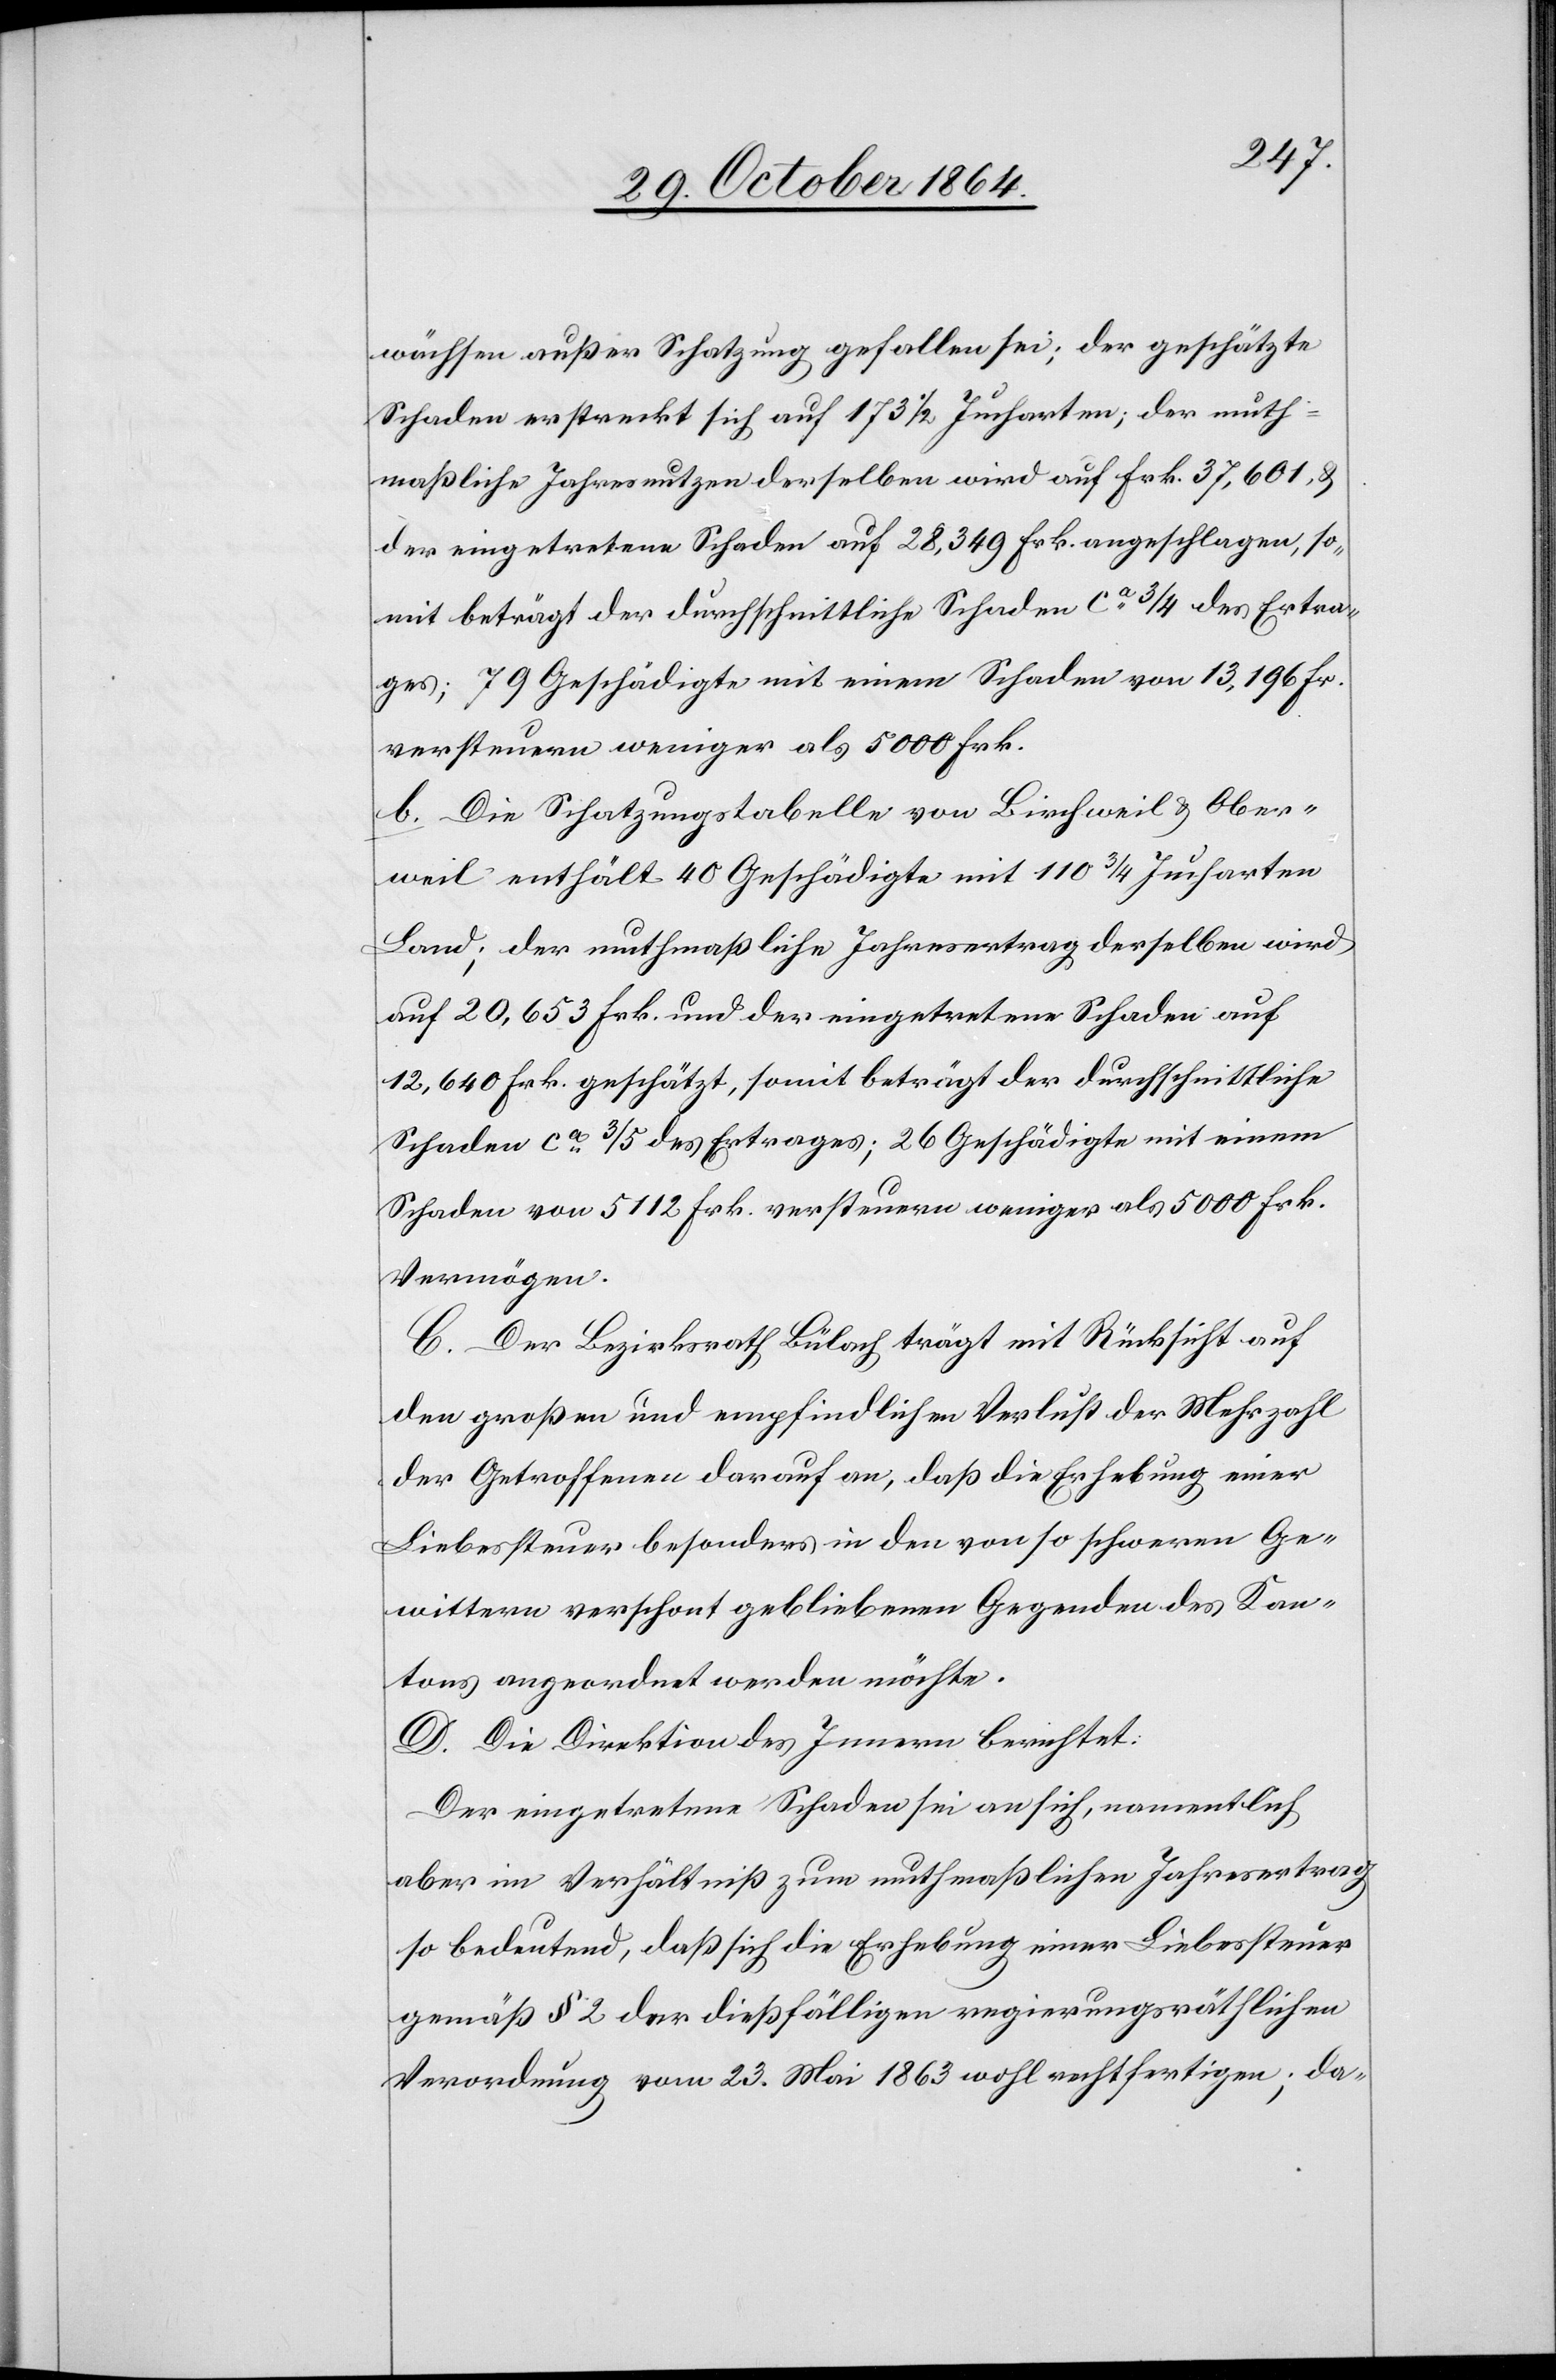
räthen außer Schatzung gefallen sei; der geschätzte
Schaden erstreckt sich auf 173 1/2 Jucharten; der muth¬
maßliche Jahresnutzen derselben wird auf Frk. 37,601 &
der eingetragene Schaden auf 28,349 Frk. angeschlagen, so¬
mit beträgt der durchschnittliche Schaden ca 3/4 des Ertra¬
ges; 79 Geschädigte mit einem Schaden von 13,196 Fr.
versteuern weniger als 5000 Frk.
b. Die Schatzungstabelle von Birchweil & Ober¬
weil enthält 40 Geschädigte mit 110 3/4 Jucharten
Land; der muthmaßliche Jahresertrag derselben wird
auf 20,653 Frk. und der eingetretene Schaden auf
12,640 Frk. geschätzt, somit beträgt der durchschnittliche
Schaden ca 3/5 des Ertrages; 26 Geschädigte mit einem
Schaden von 5112 Frk. versteuern weniger als 5000 Frk.
Vermögen.
C. Der Bezirksrath Bülach trägt mit Rücksicht auf
den großen und empfindlichen Verlust der Mehrzahl
der Getroffenen darauf an, daß die Erhebung einer
Liebessteuer besonders in den von so schweren Ge¬
wittern verschont gebliebenen Gegenden des Kan¬
tons angeordnet werden möchte.
D. Die Direktion des Innern berichtet:
Der eingetretene Schaden sei an sich, namentlich
aber in Verhältniß zum muthmaßlichen Jahresertrag
so bedeutend, daß sich die Erhebung einer Liebessteuer
gemäß § 2 der dießfälligen regierungsräthlichen
Verordnung vom 23. Mai 1863 wohl rechtfertigen